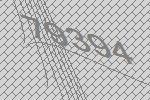
79394